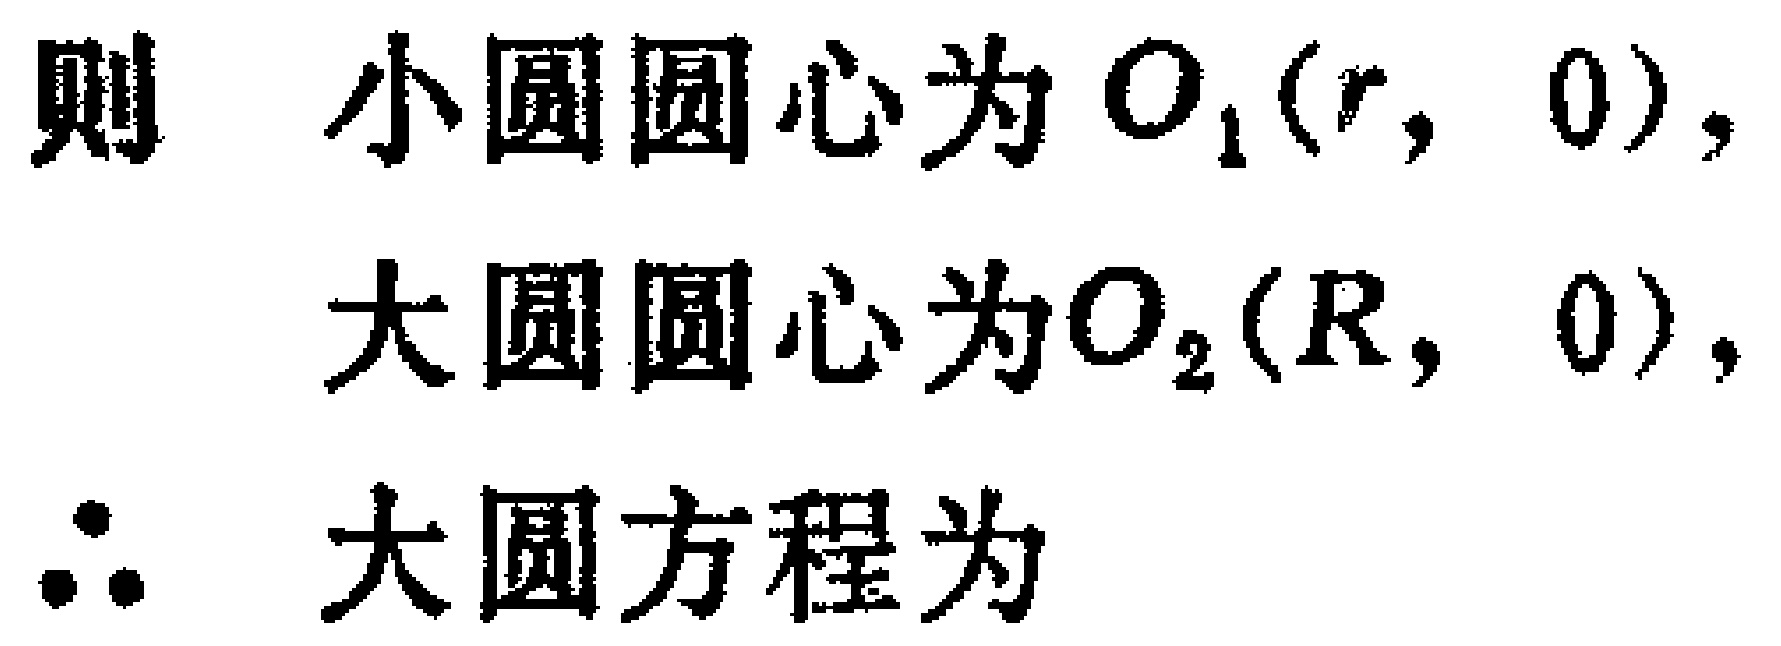
则 小圆圆心为 \(O_1(r,0)\)，

大圆圆心为 \(O_2(R,0)\)，

\(\therefore\) 大圆方程为